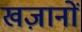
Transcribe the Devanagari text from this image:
खज़ानों